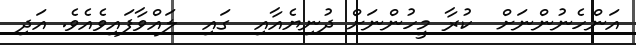
އަންހެނުންނަށް  ކުރާ މީހުންނަށް ދުނިޔެއާއި  ގައި  ލައްވާފައިވެއެވެ. އަދި